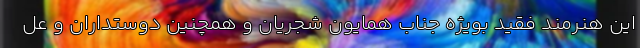
این هنرمند فقید بویژه جناب همایون شجریان و همچنین دوستداران‌ و عل